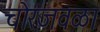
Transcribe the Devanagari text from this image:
चोरजवळा